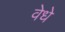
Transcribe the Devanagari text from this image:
वेधे